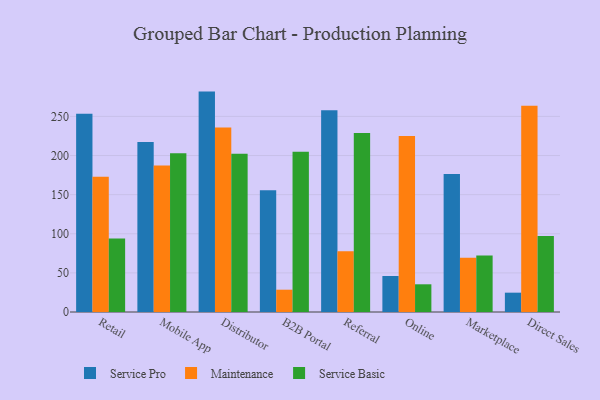
{"axis": {"x": "Channel", "y": "Gross Profit (USD K)"}, "legend": ["Maintenance", "Service Basic", "Service Pro"], "data": [{"x": "Retail", "y": 253.4, "type": "Service Pro"}, {"x": "Retail", "y": 172.9, "type": "Maintenance"}, {"x": "Retail", "y": 94.1, "type": "Service Basic"}, {"x": "Mobile App", "y": 217.2, "type": "Service Pro"}, {"x": "Mobile App", "y": 187.1, "type": "Maintenance"}, {"x": "Mobile App", "y": 202.8, "type": "Service Basic"}, {"x": "Distributor", "y": 281.7, "type": "Service Pro"}, {"x": "Distributor", "y": 235.9, "type": "Maintenance"}, {"x": "Distributor", "y": 202.3, "type": "Service Basic"}, {"x": "B2B Portal", "y": 155.6, "type": "Service Pro"}, {"x": "B2B Portal", "y": 28.5, "type": "Maintenance"}, {"x": "B2B Portal", "y": 204.8, "type": "Service Basic"}, {"x": "Referral", "y": 257.8, "type": "Service Pro"}, {"x": "Referral", "y": 77.7, "type": "Maintenance"}, {"x": "Referral", "y": 228.8, "type": "Service Basic"}, {"x": "Online", "y": 46.0, "type": "Service Pro"}, {"x": "Online", "y": 224.9, "type": "Maintenance"}, {"x": "Online", "y": 35.4, "type": "Service Basic"}, {"x": "Marketplace", "y": 176.3, "type": "Service Pro"}, {"x": "Marketplace", "y": 69.2, "type": "Maintenance"}, {"x": "Marketplace", "y": 72.3, "type": "Service Basic"}, {"x": "Direct Sales", "y": 24.7, "type": "Service Pro"}, {"x": "Direct Sales", "y": 263.6, "type": "Maintenance"}, {"x": "Direct Sales", "y": 97.0, "type": "Service Basic"}]}